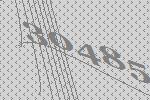
30485